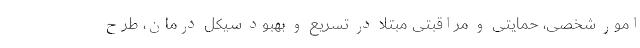
امور شخصی، حمایتی و مراقبتی مبتلا در تسریع و بهبود سیکل درمان، طرح